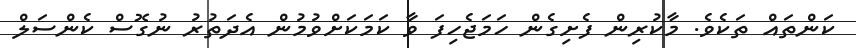
ކަންތައް ތަކެވެ. މާކުރިން ފެށިގެން ހަމަޖެހިފަ ވާ ކަމަކަށްވުމުން އެދަތުރު ނުގޮސް ކެންސަލް